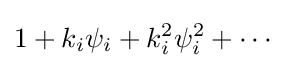
1+k_{i}\psi _{i}+k_{i}^{2}\psi _{i}^{2}+\cdots